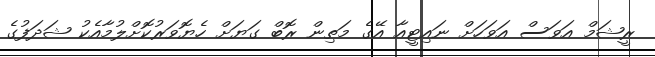
ރީޝަމް އަވަސް އަވަހަށް ނައިޓީއާ އޭގެ މަތިން ރޮބް ގަޔަށް ހެޔޮވަރުކޮށްލުމާއެކު ޝަދަފުގެ